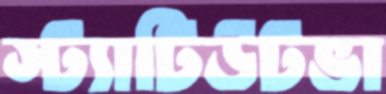
স্ট্যাটিউটভা